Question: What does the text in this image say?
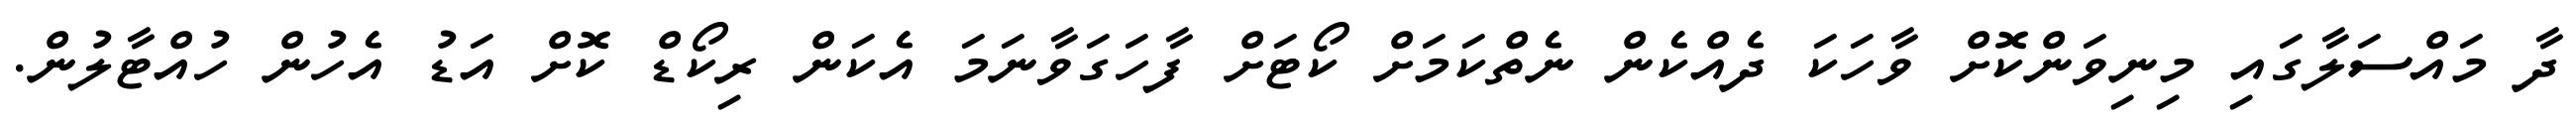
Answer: ދާ މައްސަލާގައި މިނިވަންކޮށް ވާހަކަ ދެއްކެން ނެތްކަމަށް ކޯޓަށް ފާހަގަވާނަމަ އެކަން ރިކޯޑް ކޮށް އަޑު އެހުން ހުއްޓާލުން.